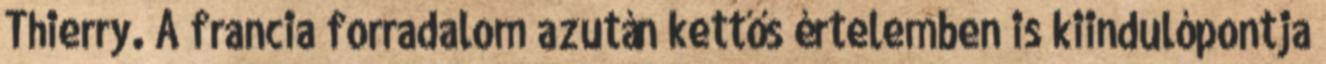
Thierry. A francia forradalom azután kettős értelemben is kiindulópontja